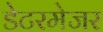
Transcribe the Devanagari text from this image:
डेटरमेजर